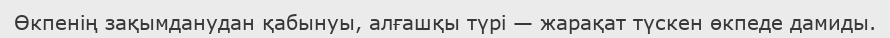
Өкпенің зақымданудан қабынуы, алғашқы түрі — жарақат түскен өкпеде дамиды.